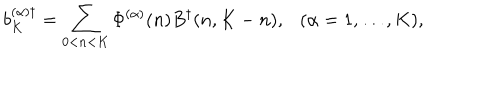
LaTeX: b _ { K } ^ { ( \alpha ) \dagger } = \sum _ { 0 < n < K } \Phi ^ { ( \alpha ) } ( n ) B ^ { \dagger } ( n , K - n ) , \ \ \ ( \alpha = 1 , \ldots , K ) ,